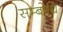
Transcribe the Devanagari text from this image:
सम्‍बोधि